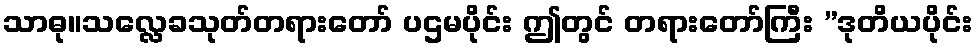
သာဓု။သလ္လေခသုတ်တရားတော် ပဌမပိုင်း ဤတွင် တရားတော်ကြီး ”ဒုတိယပိုင်း